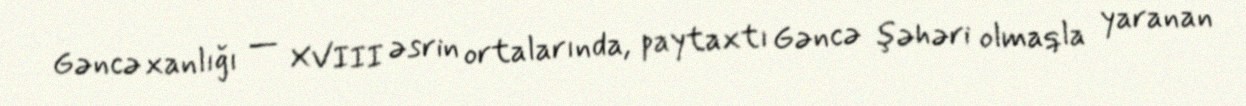
Gəncə xanlığı — XVIII əsrin ortalarında, paytaxtı Gəncə şəhəri olmaqla yaranan